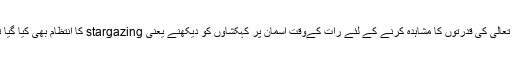
خدا تعالیٰ کی قدرتوں کا مشاہدہ کرنے کے لئے رات کےوقت آسمان پر کہکشاؤں کو دیکھنے یعنی stargazing کا انتظام بھی کیا گیا تھا ۔